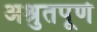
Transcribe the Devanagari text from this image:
अश्रुतपूर्ण